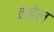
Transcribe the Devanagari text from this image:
कहेल